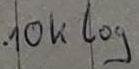
Text: 10k log